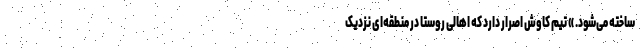
ساخته می‌شود. » تیم کاوش اصرار دارد که اهالی روستا در منطقه‌ای نزدیک